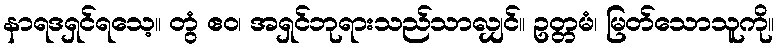
နာရဒရှင်ရသေ့။ တွံ ဧဝ၊ အရှင်ဘုရားသည်သာလျှင်။ ဥတ္တမံ၊ မြတ်သောသူကို။